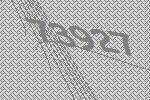
73927